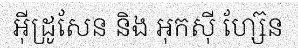
អ៊ីដ្រូសែន និង អុកស៊ី ហ្ស៊ែន